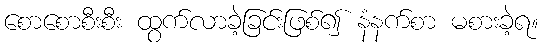
စောစောစီးစီး ထွက်လာခဲ့ခြင်းဖြစ်၍ နံနက်စာ မစားခဲ့ရ။